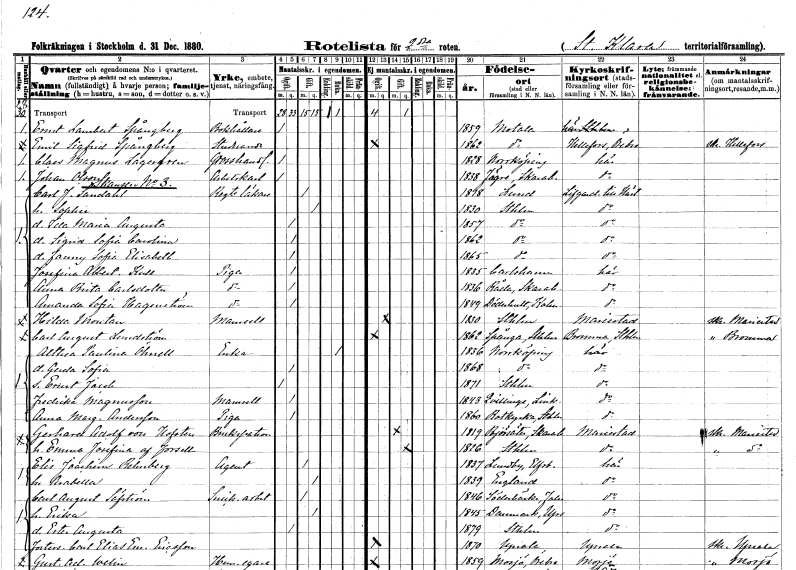
gt_parse: households: individuals: FN: Ernst Lambert
EN: Spångberg
YRKE: Bokhållare
KON: M
CIV: O
FODAR: 1859
FODFORS: Motala Östergötlands län
FN: Emil Sigfrid
EN: Spångberg
YRKE: Studerande
KON: M
CIV: O
FODAR: 1862
FODFORS: Motala Östergötlands län
FN: Claes Magnus
EN: Lagergren
YRKE: Grosshandlare
KON: M
CIV: O
FODAR: 1828
FODFORS: Norrköping Östergötlands län
FN: Johan
EN: Olson
YRKE: Arbetskarl
KON: M
CIV: O
FODAR: 1838
FODFORS: Fägre Skaraborgs län
FN: Carl Johan
EN: Sandahl
YRKE: Regementsläkare
KON: M
CIV: G
FODAR: 1818
FODFORS: Lund Malmöhus län
FN: Sophia
KON: K
CIV: G
FODAR: 1830
FODFORS: Stockholm
FN: Ida Maria Augusta
KON: K
CIV: O
FODAR: 1857
FODFORS: Stockholm
FN: Sigrid Sofia Carolina
KON: K
CIV: O
FODAR: 1862
FODFORS: Stockholm
FN: Fanny Sofia Elisabeth
KON: K
CIV: O
FODAR: 1865
FODFORS: Stockholm
FN: Josefina Albertina
EN: Kull
YRKE: Piga
KON: K
CIV: O
FODAR: 1835
FODFORS: Karlshamn Blekinge län
FN: Anna Brita
EN: Carlsdotter
YRKE: Piga
KON: K
CIV: O
FODAR: 1836
FODFORS: Råda Skaraborgs län
FN: Amanda Sofia
EN: Hagenström
YRKE: Piga
KON: K
CIV: O
FODAR: 1849
FODFORS: Döderhult Kalmar län
FN: Hilda
EN: Montan
KON: K
CIV: O
FODAR: 1830
FODFORS: Stockholm
FN: Carl August
EN: Lundström
KON: M
CIV: O
FODAR: 1862
FODFORS: Spånga Stockholms län
FN: Althea Paulina
EN: Öhnell
YRKE: Änka
KON: K
CIV: E
FODAR: 1836
FODFORS: Norrköping Östergötlands län
FN: Gerda Sofia
KON: K
CIV: O
FODAR: 1868
FODFORS: Norrköping Östergötlands län
FN: Ernst Jacob
KON: M
CIV: O
FODAR: 1871
FODFORS: Stockholm
FN: Fredrika
EN: Magnusson
KON: K
CIV: O
FODAR: 1843
FODFORS: Kvillinge Östergötlands län
FN: Anna Margareta
EN: Andersson
YRKE: Piga
KON: K
CIV: O
FODAR: 1860
FODFORS: Botkyrka Stockholms län
FN: Gerhard Adolf
EN: von Hofsten
YRKE: Brukspatron
KON: M
CIV: G
FODAR: 1819
FODFORS: Björsäter Skaraborgs län
FN: Emma Josefina
EN: af Forsell
KON: K
CIV: G
FODAR: 1826
FODFORS: Stockholm
FN: Elis Joachim
EN: Rehnberg
YRKE: Agent
KON: M
CIV: G
FODAR: 1837
FODFORS: Stora Lundby Älvsborgs län
FN: Arabella
KON: K
CIV: G
FODAR: 1839
FN: Carl August
EN: Säfström
YRKE: Snickeriarbetare
KON: M
CIV: G
FODAR: 1846
FODFORS: Söderbärke Kopparbergs län
FN: Erika
KON: K
CIV: G
FODAR: 1845
FODFORS: Danmark Uppsala län
FN: Ester Augusta
KON: K
CIV: O
FODAR: 1879
FODFORS: Stockholm
FN: Carl Elias Emanuel
EN: Ericsson
KON: M
CIV: O
FODAR: 1870
FODFORS: Uppsala Uppsala län